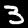
Label: 3